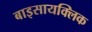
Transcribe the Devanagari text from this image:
बाइसायक्लिक